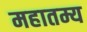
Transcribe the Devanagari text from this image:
महातम्य